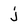
Character: j